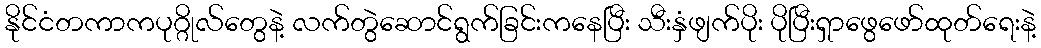
နိုင်ငံတကာကပုဂ္ဂိုလ်တွေနဲ့ လက်တွဲဆောင်ရွက်ခြင်းကနေပြီး သီးနှံဖျက်ပိုး ပိုပြီးရှာဖွေဖော်ထုတ်ရေးနဲ့